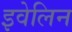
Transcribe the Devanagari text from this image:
इवेलिन